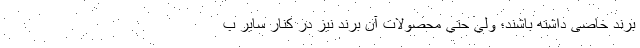
برند خاصی داشته باشند؛ ولي حتي محصولات آن برند نيز در كنار سایر ب